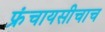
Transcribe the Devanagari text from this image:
फ्रंचायसीचाच